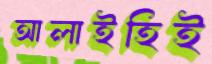
আলাইহিই